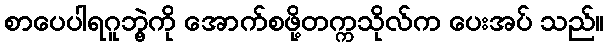
စာပေပါရဂူဘွဲ့ကို အောက်စဖို့တက္ကသိုလ်က ပေးအပ် သည်။